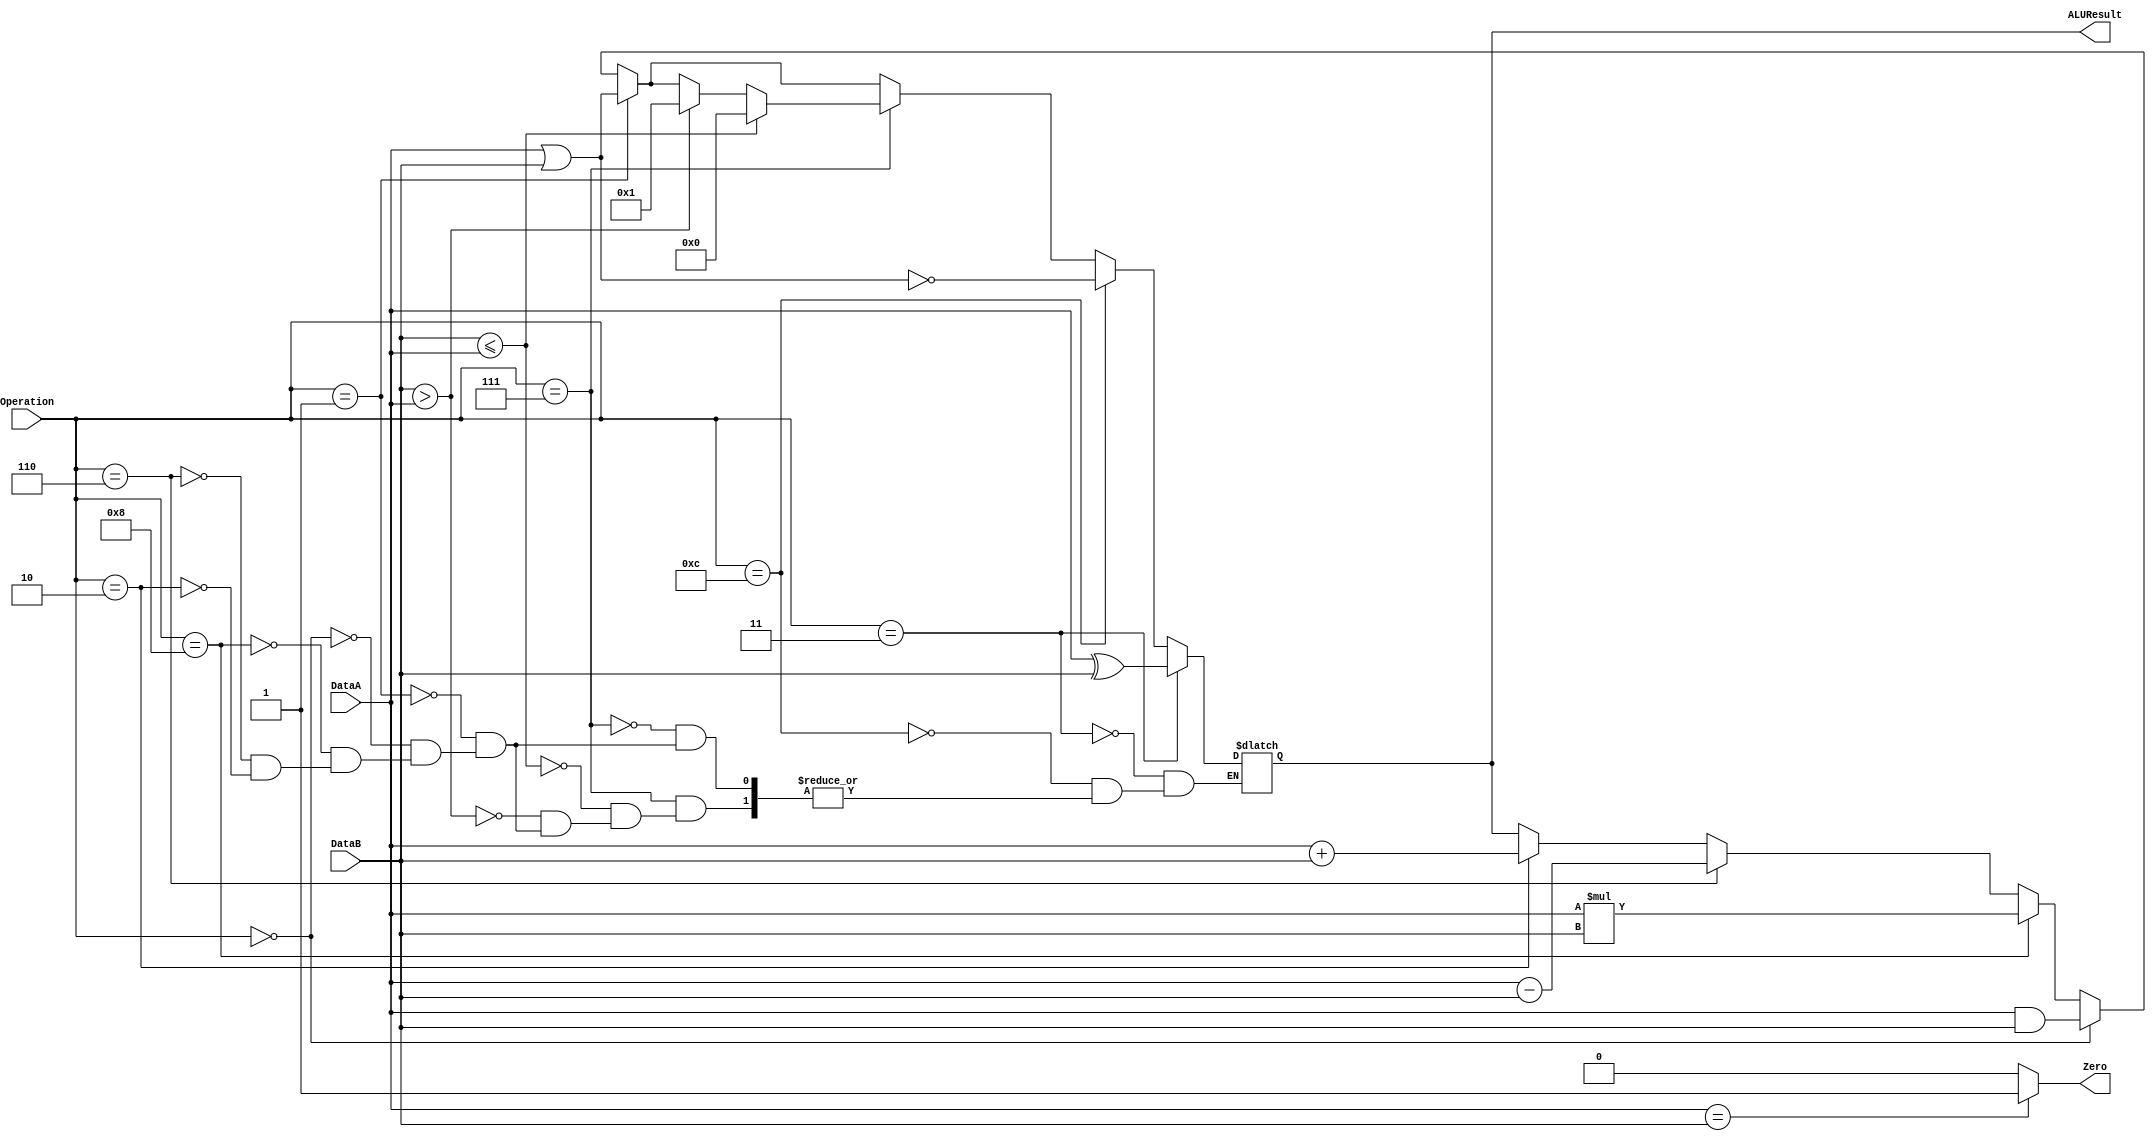
module ALU(
	input [31:0] DataA, DataB,
	input [3:0] Operation,
	output reg [31:0] ALUResult,
	output reg Zero
);

	always @ (Operation, DataA, DataB) 
	// Fill the Blank
	begin
		if(	Operation == 4'b0010) 
		begin
			ALUResult <= DataA + DataB; // DataA+DataB
		end
		if(	Operation == 4'b0110) 
		begin
			ALUResult <= DataA - DataB; // DataA-DataB
		end
		if (Operation == 4'b1000)
		begin
		    ALUResult <= DataA * DataB; // DataA*DataB
		end
		if(	Operation == 4'b0000) 
		begin
			ALUResult <= DataA & DataB; // DataA&DataB
		end
		if(	Operation == 4'b0001) 
		begin
			ALUResult <= DataA | DataB; // DataA|DataB
		end
		if(	Operation == 4'b0111) 
		begin
			if(DataB>DataA) 
				ALUResult <= 1;
			if(DataB<=DataA) 
				ALUResult <= 0;
		end
		if(Operation== 4'b1100) 
		begin
			ALUResult <= ~(DataA|DataB);
		end
		if(Operation== 4'b0011) 
		begin
			ALUResult <= DataA ^ DataB; // DataA^DataB
		end
		if(DataA==DataB) 
		begin
			Zero<=1'b1;
		end
		else
		begin
			Zero<=1'b0;
		end
	end

endmodule